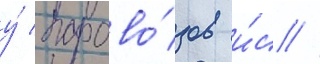
у́ парово́зов и́с //